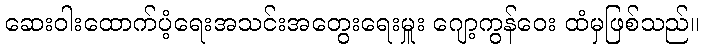
ဆေးဝါးထောက်ပံ့ရေးအသင်းအတွေးရေးမှူး ဂျော့ကွန်ဝေး ထံမှဖြစ်သည်။